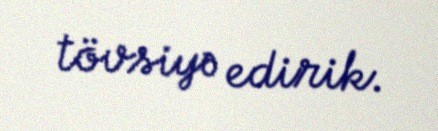
tövsiyə edirik.